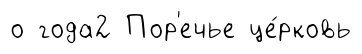
о года2 Пор'ечье це́рковь